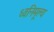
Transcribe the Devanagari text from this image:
ध्वनिमूल्य